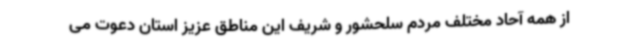
از همه آحاد مختلف مردم سلحشور و شریف این مناطق عزیز استان دعوت می